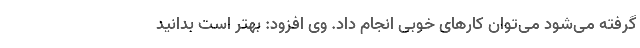
گرفته می‌شود می‌توان کارهای خوبی انجام داد. وی افزود: بهتر است بدانید